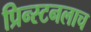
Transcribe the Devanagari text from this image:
प्रिन्स्टनलाच